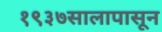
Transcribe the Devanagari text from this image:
१९३७सालापासून